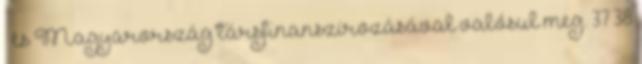
és Magyarország társfinanszírozásával valósul meg. 37 38